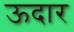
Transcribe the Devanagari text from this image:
ऊदार